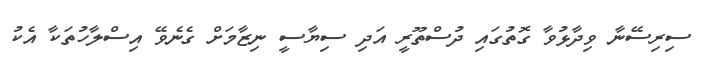
ސިރިސޭނާ ވިދާޅުވާ ގޮތުގައި ދުސްތޫރީ އަދި ސިޔާސީ ނިޒާމަށް ގެނެވޭ އިސްލާހުތަކާ އެކު